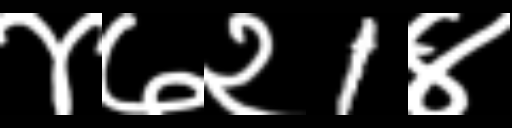
Text: ४७२1४